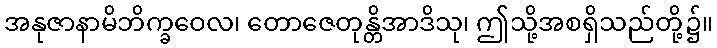
အနုဇာနာမိဘိက္ခဝေလ၊ တောဇေတုန္တိအာဒိသု၊ ဤသို့အစရှိသည်တို့၌။